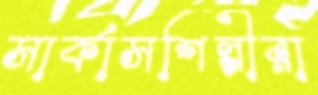
সার্কাসশিল্পীরা